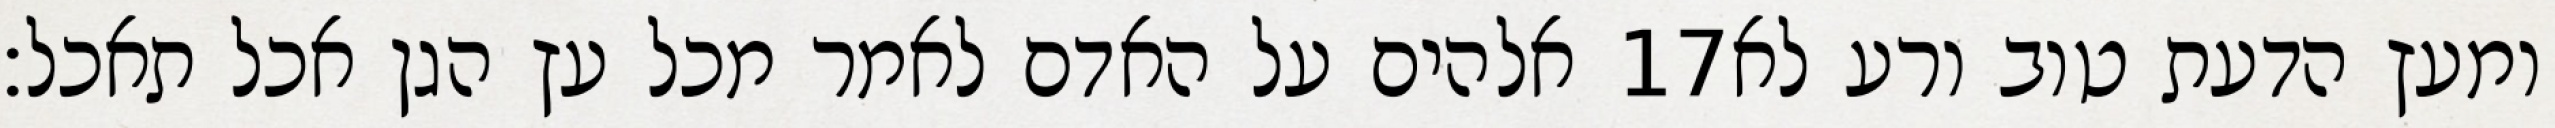
אלהים על האדם לאמר מכל עץ הגן אכל תאכל׃ ‎17‏ ומעץ הדעת טוב ורע לא